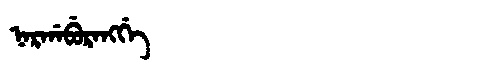
Manchu: ᠨᠠᡵᡤᠠᠪᡠᡵᠠᠩᡤᡝ
Romanization: NARGABURANGGE